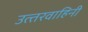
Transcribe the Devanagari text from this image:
उत्‍तरवाहिनी